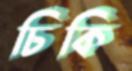
চিকি